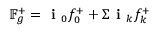
\mathbb { F } _ { g } ^ { + } = \textbf { i } _ { 0 } f _ { 0 } ^ { + } + \Sigma \textbf { i } _ { k } f _ { k } ^ { + }